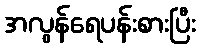
အလွန်ရေပန်းစားပြီး